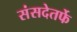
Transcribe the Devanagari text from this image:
संसदेतर्फे